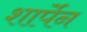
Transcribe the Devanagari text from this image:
शार्पेन